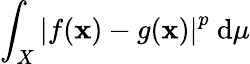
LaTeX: \int_{X}\left|f(\mathbf{x})-g(\mathbf{x})\right|^{p}~\mathrm{{d}}\mu